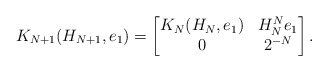
\begin{align*}K_{N+1}(H_{N+1},e_1)=\begin{bmatrix} K_N(H_N,e_1) & H_N^Ne_1 \\ 0 & 2^{-N} \end{bmatrix}.\end{align*}